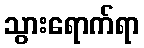
သွားရောက်ရာ